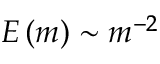
E \left( m \right) \sim m ^ { - 2 }